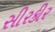
સીરકીર